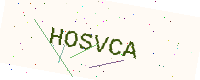
Text: HOSVCA